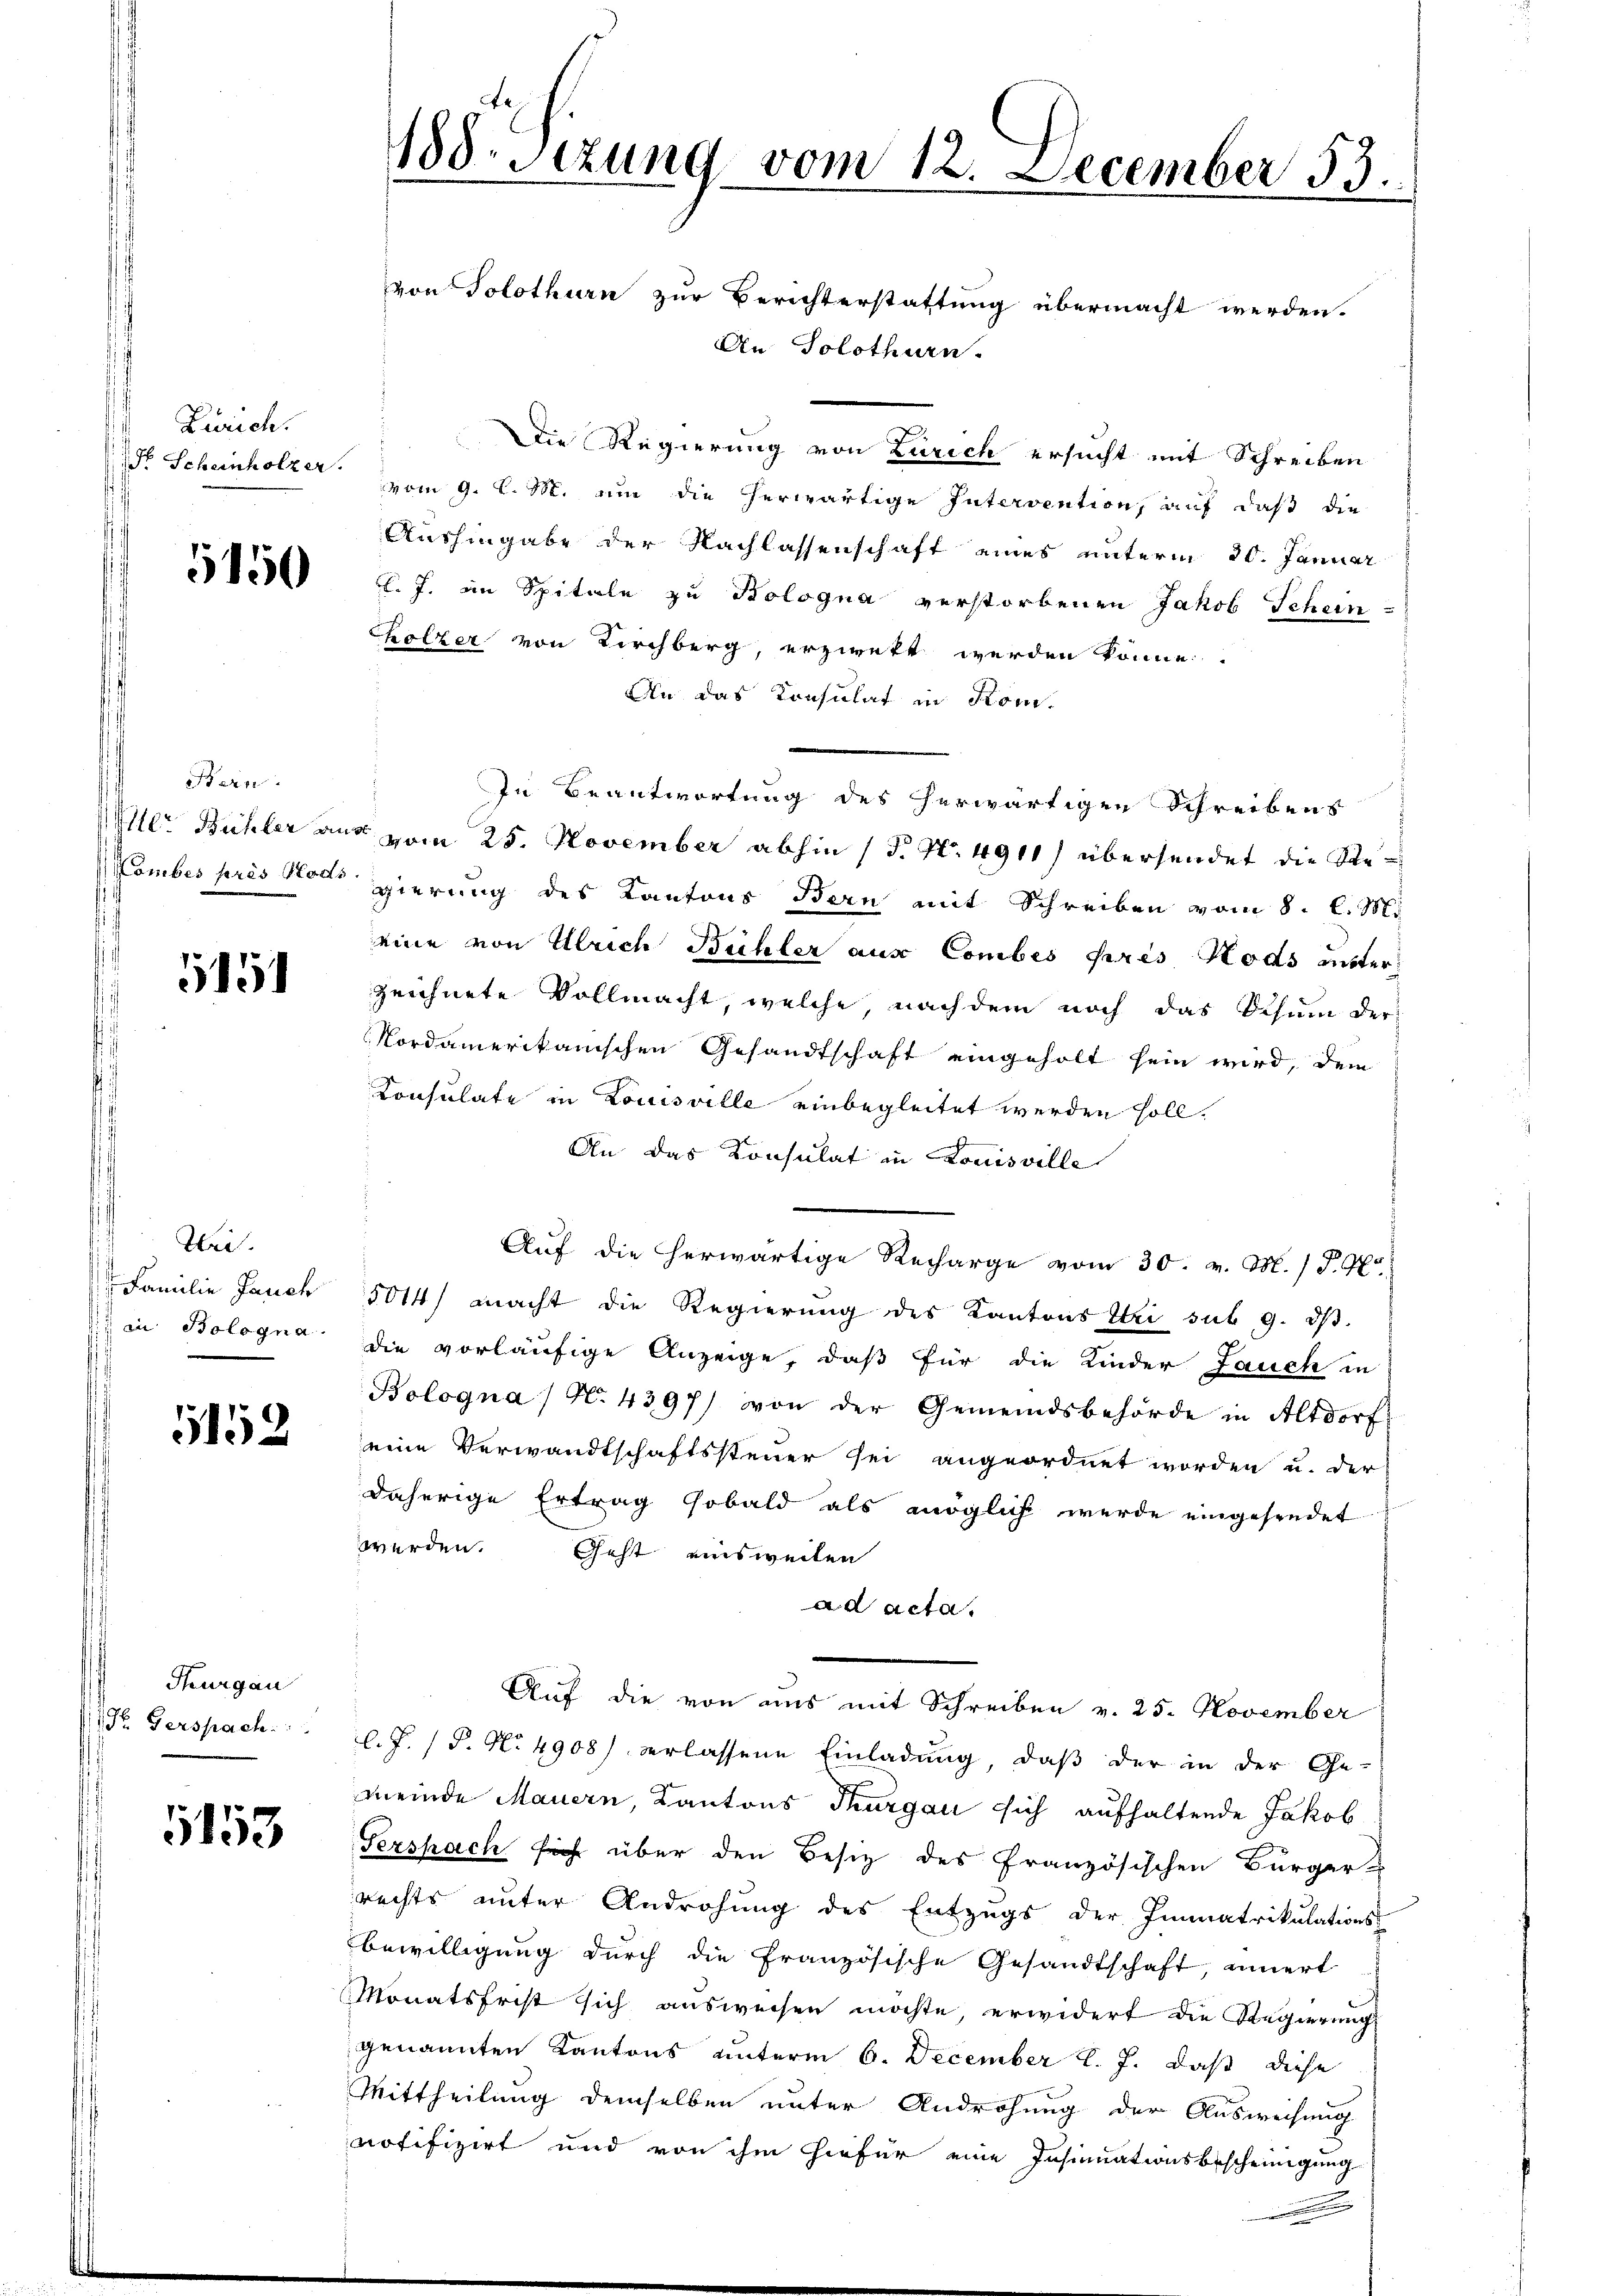
Zürich.

5150

Bern.

5151

Heil.
Familie Jauch
 in Bologna

5152

Thurgau
Dr. Verspach.

1153

188. Sezung vom 12. December 53.
von Solothurn zur Berichterstattung übermacht werden.

An Solothurn.
Die Regierung von Zürich ersucht mit Schreiben
Str. Scheinholzer vom 9. l. M. um die herwärtige Intervention, auf daß die
Aushingabe der Nachlassenschaft eines unterm 30. Januar
l. J. in Spitale zu Bologna verstorbenen Jakob Schein
hölzer von Kirchberg, erzwekt werden könne.
An das Consulat in Kom-
In Beantwortung des herwärtigen Schreibens
Mer Bühler aus vom 25. November abhin (T. No. 4911) übersendet die Ste¬
Komber pris sollegierung des Kantons Bern mit Schreiben vom 8. d. M.
eine von Ulrich Büchler aus Combés pres Hods unter
zeichnete Vollmacht, welche, nachdem noch das Schum der
Nordamerikanischen Gesandtschaft eingeholt sein wird, dem
Consulate in Louisville einbegleitet werden soll.
An das Konsulat in Louisville
Auf die herwärtige Recharge vom 30. v. M. / P. G.
5044) macht die Regierung des Kantons Uri sub 9. ds.
die vorläufige Anzeige, daß für die Kinder Jauch in
Bologna / N. 4397) von der Gemeindsbehörde in Altdorf
eine Verwandtschaftssteuer sei angeordnet worden u. der
daherige Ertrag sobald als möglich werde eingesendet
werden. Geht einsweiten
ad acta.
Auf die von aus mit Schreiben v. 25. November
l. J. P. No 4908) erlassene Einladung, daβ der in der Ge-
meinde Mauern, Kantons Thurgau sich aufhaltende Jakob
Tershach sich über den Besitz des französischen Bürger-
rechts unter Androhung des Entzugs der Immatrikulations-
bewilligung durch die französische Gesandtschaft, innert
Monatsfrist sich ausweisen möchte, erwidert die Regierung
genannten Kantons unterm 6. December l. J. daß diese
Mittheilung demselben unter Androhung der Ausweisung
notifizirt und von ihm hiefür eine Insinuationsbescheinigung
u